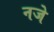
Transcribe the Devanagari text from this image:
नजे